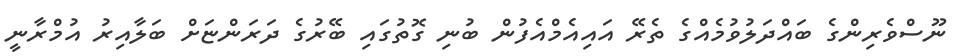
ނޫސްވެރިންގެ ބައްދަލުވުމެއްގެ ތެރޭ އައިއެމްއެފުން ބުނި ގޮތުގައި ބޭރުގެ ދަރަންޏަށް ބަލާއިރު އުމްރާނީ